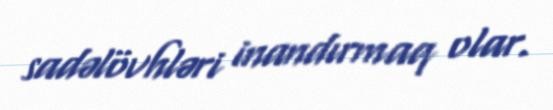
sadəlövhləri inandırmaq olar.